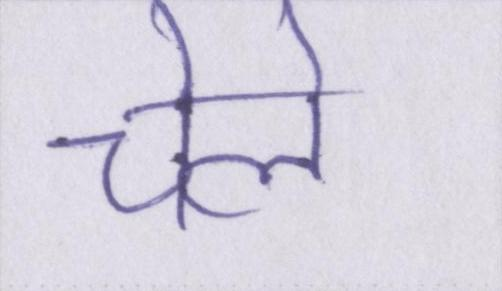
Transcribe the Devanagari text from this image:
चेले